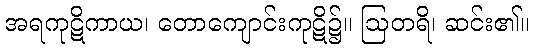
အရကုဋိကာယ၊ တောကျောင်းကုဋိ၌။ ဩတရိ၊ ဆင်း၏။